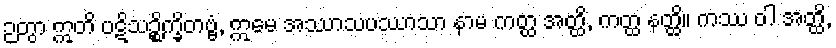
ဉတွာ ဣတိ ပဋိသဉ္စိက္ခိတဗ္ဗံ, ဣမေ အဿာသပဿာသာ နာမ ကတ္ထ အတ္ထိ, ကတ္ထ နတ္ထိ။ ကဿ ဝါ အတ္ထိ,